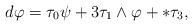
\begin{align*} d \varphi = \tau_0 \psi + 3 \tau_1 \wedge \varphi + * \tau_3,\end{align*}